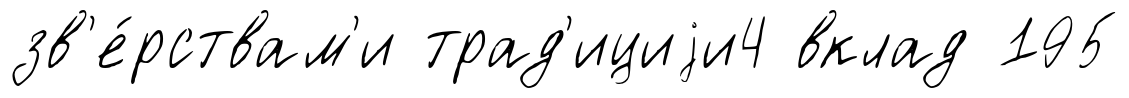
зв'е́рствам'и трад'ициjи4 вклад 195